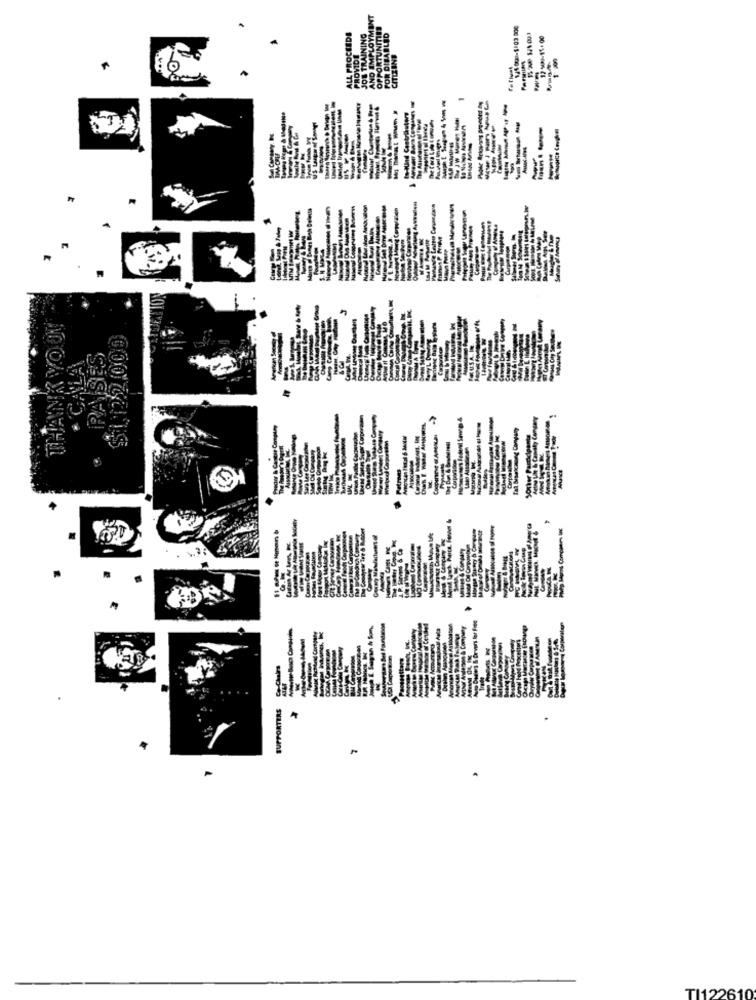
ONINI
HWI ONY
-
----
--
-----
-----
---
-
TANK YOUT
-----
----
----
-PRA
1.0
Como
-----
Drvers for Free
Chairs
SUPPORTERS
TI122610